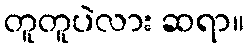
တူတူပဲလား ဆရာ။